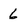
Character: 6